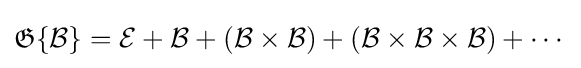
{\mathfrak {G}}\{{\mathcal {B}}\}={\mathcal {E}}+{\mathcal {B}}+({\mathcal {B}}\times {\mathcal {B}})+({\mathcal {B}}\times {\mathcal {B}}\times {\mathcal {B}})+\cdots